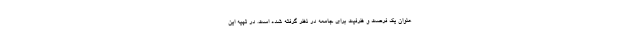
عنوان يك فرصت و ظرفيت براي جامعه در نظر گرفته شده است. در تهيه اين